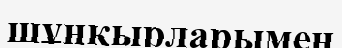
шұңқырларымен